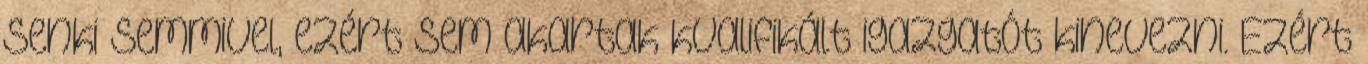
senki semmivel, ezért sem akartak kvalifikált igazgatót kinevezni. Ezért